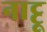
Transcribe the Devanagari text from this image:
नाट्टू